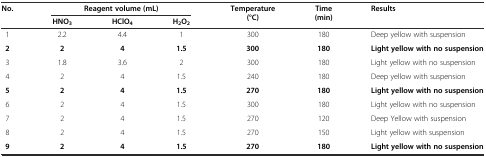
<table><thead><tr><td><b>No.</b></td><td colspan="3"><b>Reagent volume (mL)</b></td><td><b>Temperature (°C)</b></td><td><b>Time (min)</b></td><td><b>Results</b></td></tr><tr><td></td><td><b>HNO<sub>3</sub></b></td><td><b>HClO<sub>4</sub></b></td><td><b>H<sub>2</sub>O<sub>2</sub></b></td><td></td><td></td><td></td></tr></thead><tbody><tr><td>1</td><td>2.2</td><td>4.4</td><td>1</td><td>300</td><td>180</td><td>Deep yellow with suspension</td></tr><tr><td><b>2</b></td><td><b>2</b></td><td><b>4</b></td><td><b>1.5</b></td><td><b>300</b></td><td><b>180</b></td><td><b>Light yellow with no suspension</b></td></tr><tr><td>3</td><td>1.8</td><td>3.6</td><td>2</td><td>300</td><td>180</td><td>Light yellow with no suspension</td></tr><tr><td>4</td><td>2</td><td>4</td><td>1.5</td><td>240</td><td>180</td><td>Deep yellow with suspension</td></tr><tr><td><b>5</b></td><td><b>2</b></td><td><b>4</b></td><td><b>1.5</b></td><td><b>270</b></td><td><b>180</b></td><td><b>Light yellow with no suspension</b></td></tr><tr><td>6</td><td>2</td><td>4</td><td>1.5</td><td>300</td><td>180</td><td>Light yellow with no suspension</td></tr><tr><td>7</td><td>2</td><td>4</td><td>1.5</td><td>270</td><td>120</td><td>Deep Yellow with suspension</td></tr><tr><td>8</td><td>2</td><td>4</td><td>1.5</td><td>270</td><td>150</td><td>Light yellow with suspension</td></tr><tr><td><b>9</b></td><td><b>2</b></td><td><b>4</b></td><td><b>1.5</b></td><td><b>270</b></td><td><b>180</b></td><td><b>Light yellow with no suspension</b></td></tr></tbody></table>